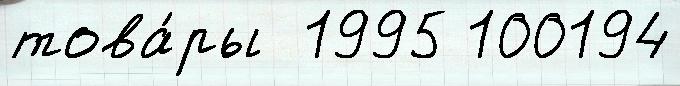
това́ры  1995 100194